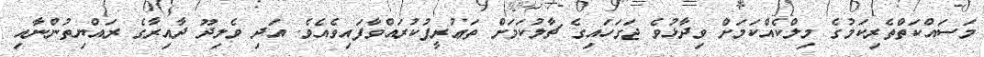
މަސައްކަތްތެރިކަމުގެ މިލްކެއްކަމަށް ވިދާޅުވެ ޖަގަހައިގެ ޗާލުކަމަށް ތަޢުރީފުކުރައްވާފައިވެއެވެ. އަދި ވެލިދޫ ދާއިރާގެ ރައްޔިތުންނާއި